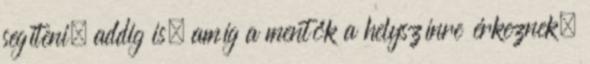
segíteni, addig is, amíg a mentők a helyszínre érkeznek.